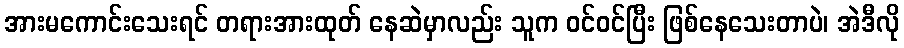
အားမကောင်းသေးရင် တရားအားထုတ် နေဆဲမှာလည်း သူက ဝင်ဝင်ပြီး ဖြစ်နေသေးတာပဲ၊ အဲဒီလို